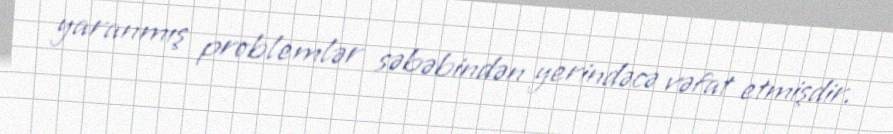
yaranmış problemlər səbəbindən yerindəcə vəfat etmişdir.